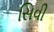
સિવી